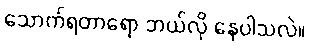
သောက်ရတာရော ဘယ်လို နေပါသလဲ။